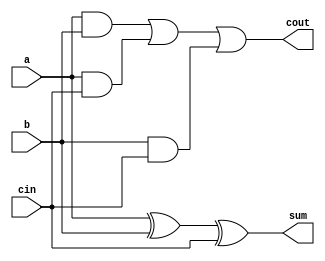
`timescale 1ns / 1ps

module FA(input wire a,b,cin,
output wire sum,cout);
    assign sum = a^b^cin;
    assign cout = (a&b)|(a&cin)|(b&cin);
endmodule